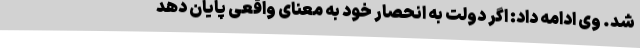
شد. وی ادامه داد: اگر دولت به انحصار خود به معنای واقعی پایان دهد